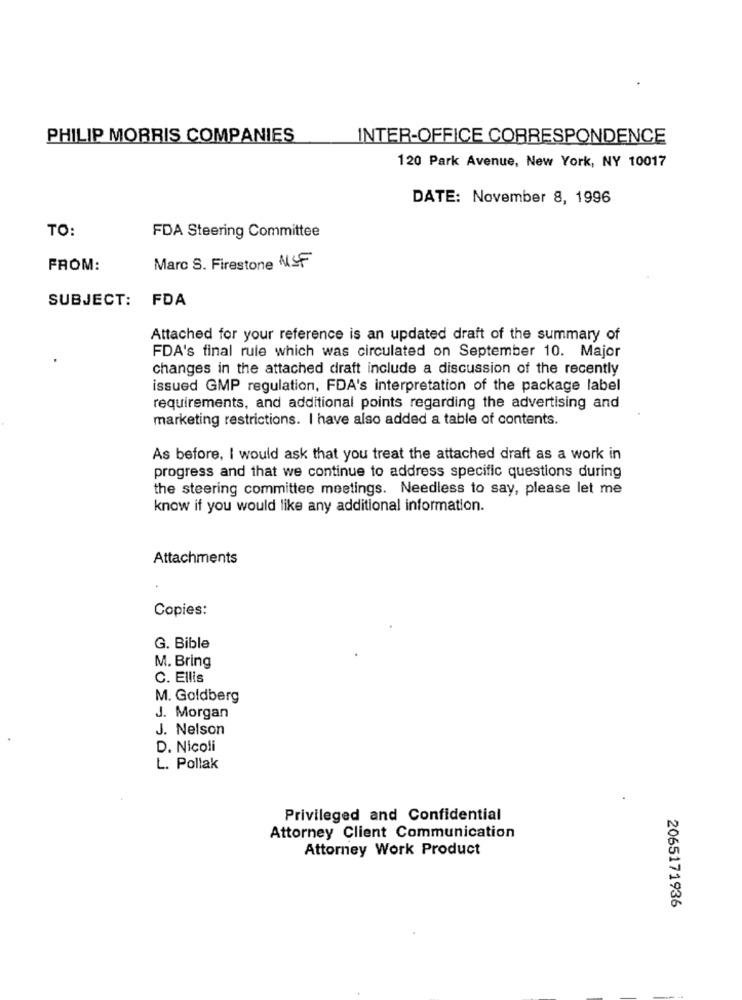
PHILIP MORRIS COMPANIES
INTER-OFFICE CORRESPONDENCE
120 Park Avenue, New York, NY 10017
DATE: November 8, 1996
TO:
FDA Steering Committee
FROM:
Marc S. Firestone NSF
SUBJECT:
FDA
Attached for your reference is an updated draft of the summary of
FDA's final rule which was circulated on September 10. Major
changes in the attached draft include a discussion of the recently
issued GMP regulation, FDA's interpretation of the package label
requirements, and additional points regarding the advertising and
marketing restrictions. I have also added a table of contents.
As before, I would ask that you treat the attached draft as a work in
progress and that we continue to address specific questions during
the steering committee meetings. Needless to say, please let me
know if you would like any additional information.
Attachments
Copies:
G. Bible
M. Bring
C. Ellis
M. Goldberg
J. Morgan
J. Nelson
D. Nicoli
L. Pollak
Privileged and Confidential
Attorney Client Communication
Attorney Work Product
2065171936